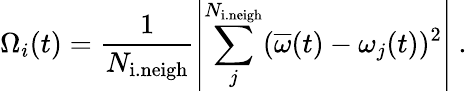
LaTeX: \Omega_{i}(t)=\frac{1}{N_{\mathrm{i.neigh}}}\left|\sum_{j}^{N_{\mathrm{i.neigh}}}(\overline{\omega}(t)-\omega_{j}(t))^{2}\right|\ .